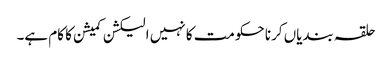
حلقہ بندیاں کرنا حکومت کا نہیں الیکشن کمیشن کا کام ہے۔